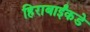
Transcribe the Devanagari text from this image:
हिराबाईंकडे